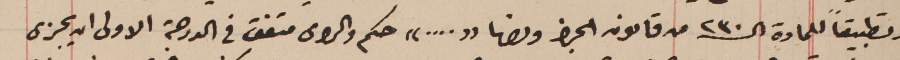
وتطبيقاً للمادة الـ٣٢٠ من قانون الجزا ونصها "...." حكم والراى متفق فى الدرجة الاولى ان يجزى